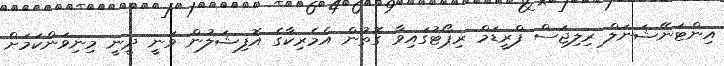
އިންޓަނޭޝަނަލް ރިލިޖަސް ފްރީޑަމް ރިޕޯޓުގައިވާ ގޮތުން އެމެރިކާގެ އޮފިޝަލުން ވަނީ ދީނީ މިނިވަންކަމަށް